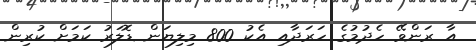
އާ ރަންވޭ ހެދުމުގެ ހަރަދާއި އެކު 800 މިލިޔަން ޑޮލަރު ކަމަށް ކުރިން